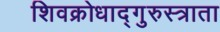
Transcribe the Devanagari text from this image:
शिवक्रोधाद्गुरुस्त्राता